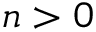
n > 0